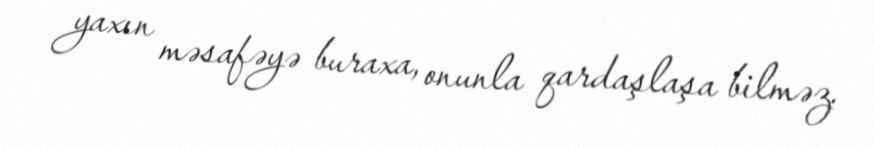
yaxın məsafəyə buraxa, onunla qardaşlaşa bilməz.